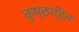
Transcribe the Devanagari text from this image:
कुष्ठरहित